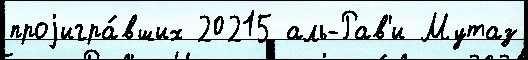
проjигра́вших 20215 аль-Рав'и Мутаз